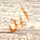
أين